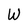
Character: W